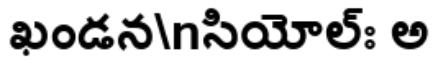
ఖండన\nసియోల్ః అ